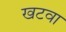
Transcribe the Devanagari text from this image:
खटवा